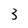
Character: 3